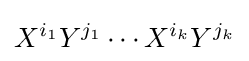
X^{i_{1}}Y^{j_{1}}\cdots X^{i_{k}}Y^{j_{k}}